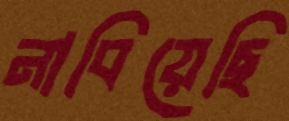
নাবিয়েছি